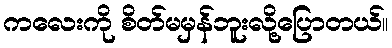
ကလေးကို စိတ်မမှန်ဘူးလို့ပြောတယ်။